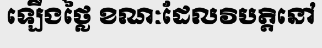
ឡើងថ្លៃ ខណៈដែលវិបត្តិនៅ